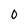
Character: O